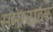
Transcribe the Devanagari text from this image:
समरटाहके